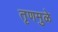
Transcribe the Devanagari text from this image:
तृणमुळे